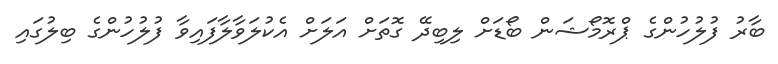
ބާރު ފުލުހުންގެ ޕްރޮމޯޝަން ބޯޑަށް ލިބިދޭ ގޮތަށް އަލަށް އެކުލަވާލާފައިވާ ފުލުހުންގެ ބިލުގައި